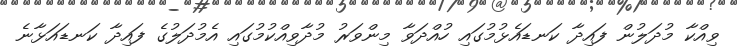
ވިއްކާ މުދަލުން ފައިދާ ކަނޑައެޅުމުގައި ހުއްދަވާ މިންވަރު މުދާވިއްކުމުގައި އެމުދަލުގެ ފައިދާ ކަނޑައަޅާނެ